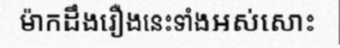
ម៉ាកដឹងរឿងនេះទាំងអស់សោះ